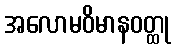
အလောမဝိမာနဝတ္ထု